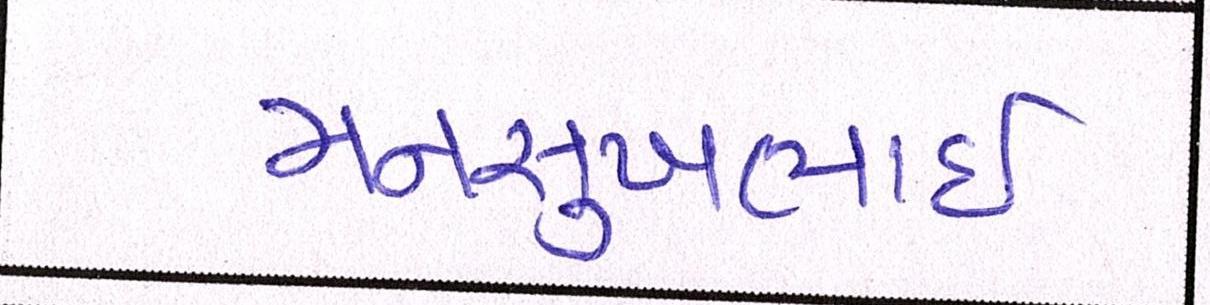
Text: મનસુખભાઈ